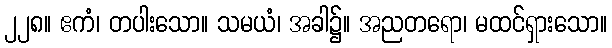
၂၂၈။ ဧကံ၊ တပါးသော။ သမယံ၊ အခါ၌။ အညတရော၊ မထင်ရှားသော။